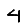
Digit: 4